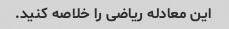
این معادله ریاضی را خلاصه کنید.